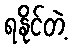
ရနိုင်တဲ့